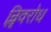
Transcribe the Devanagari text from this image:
निॢवरोध